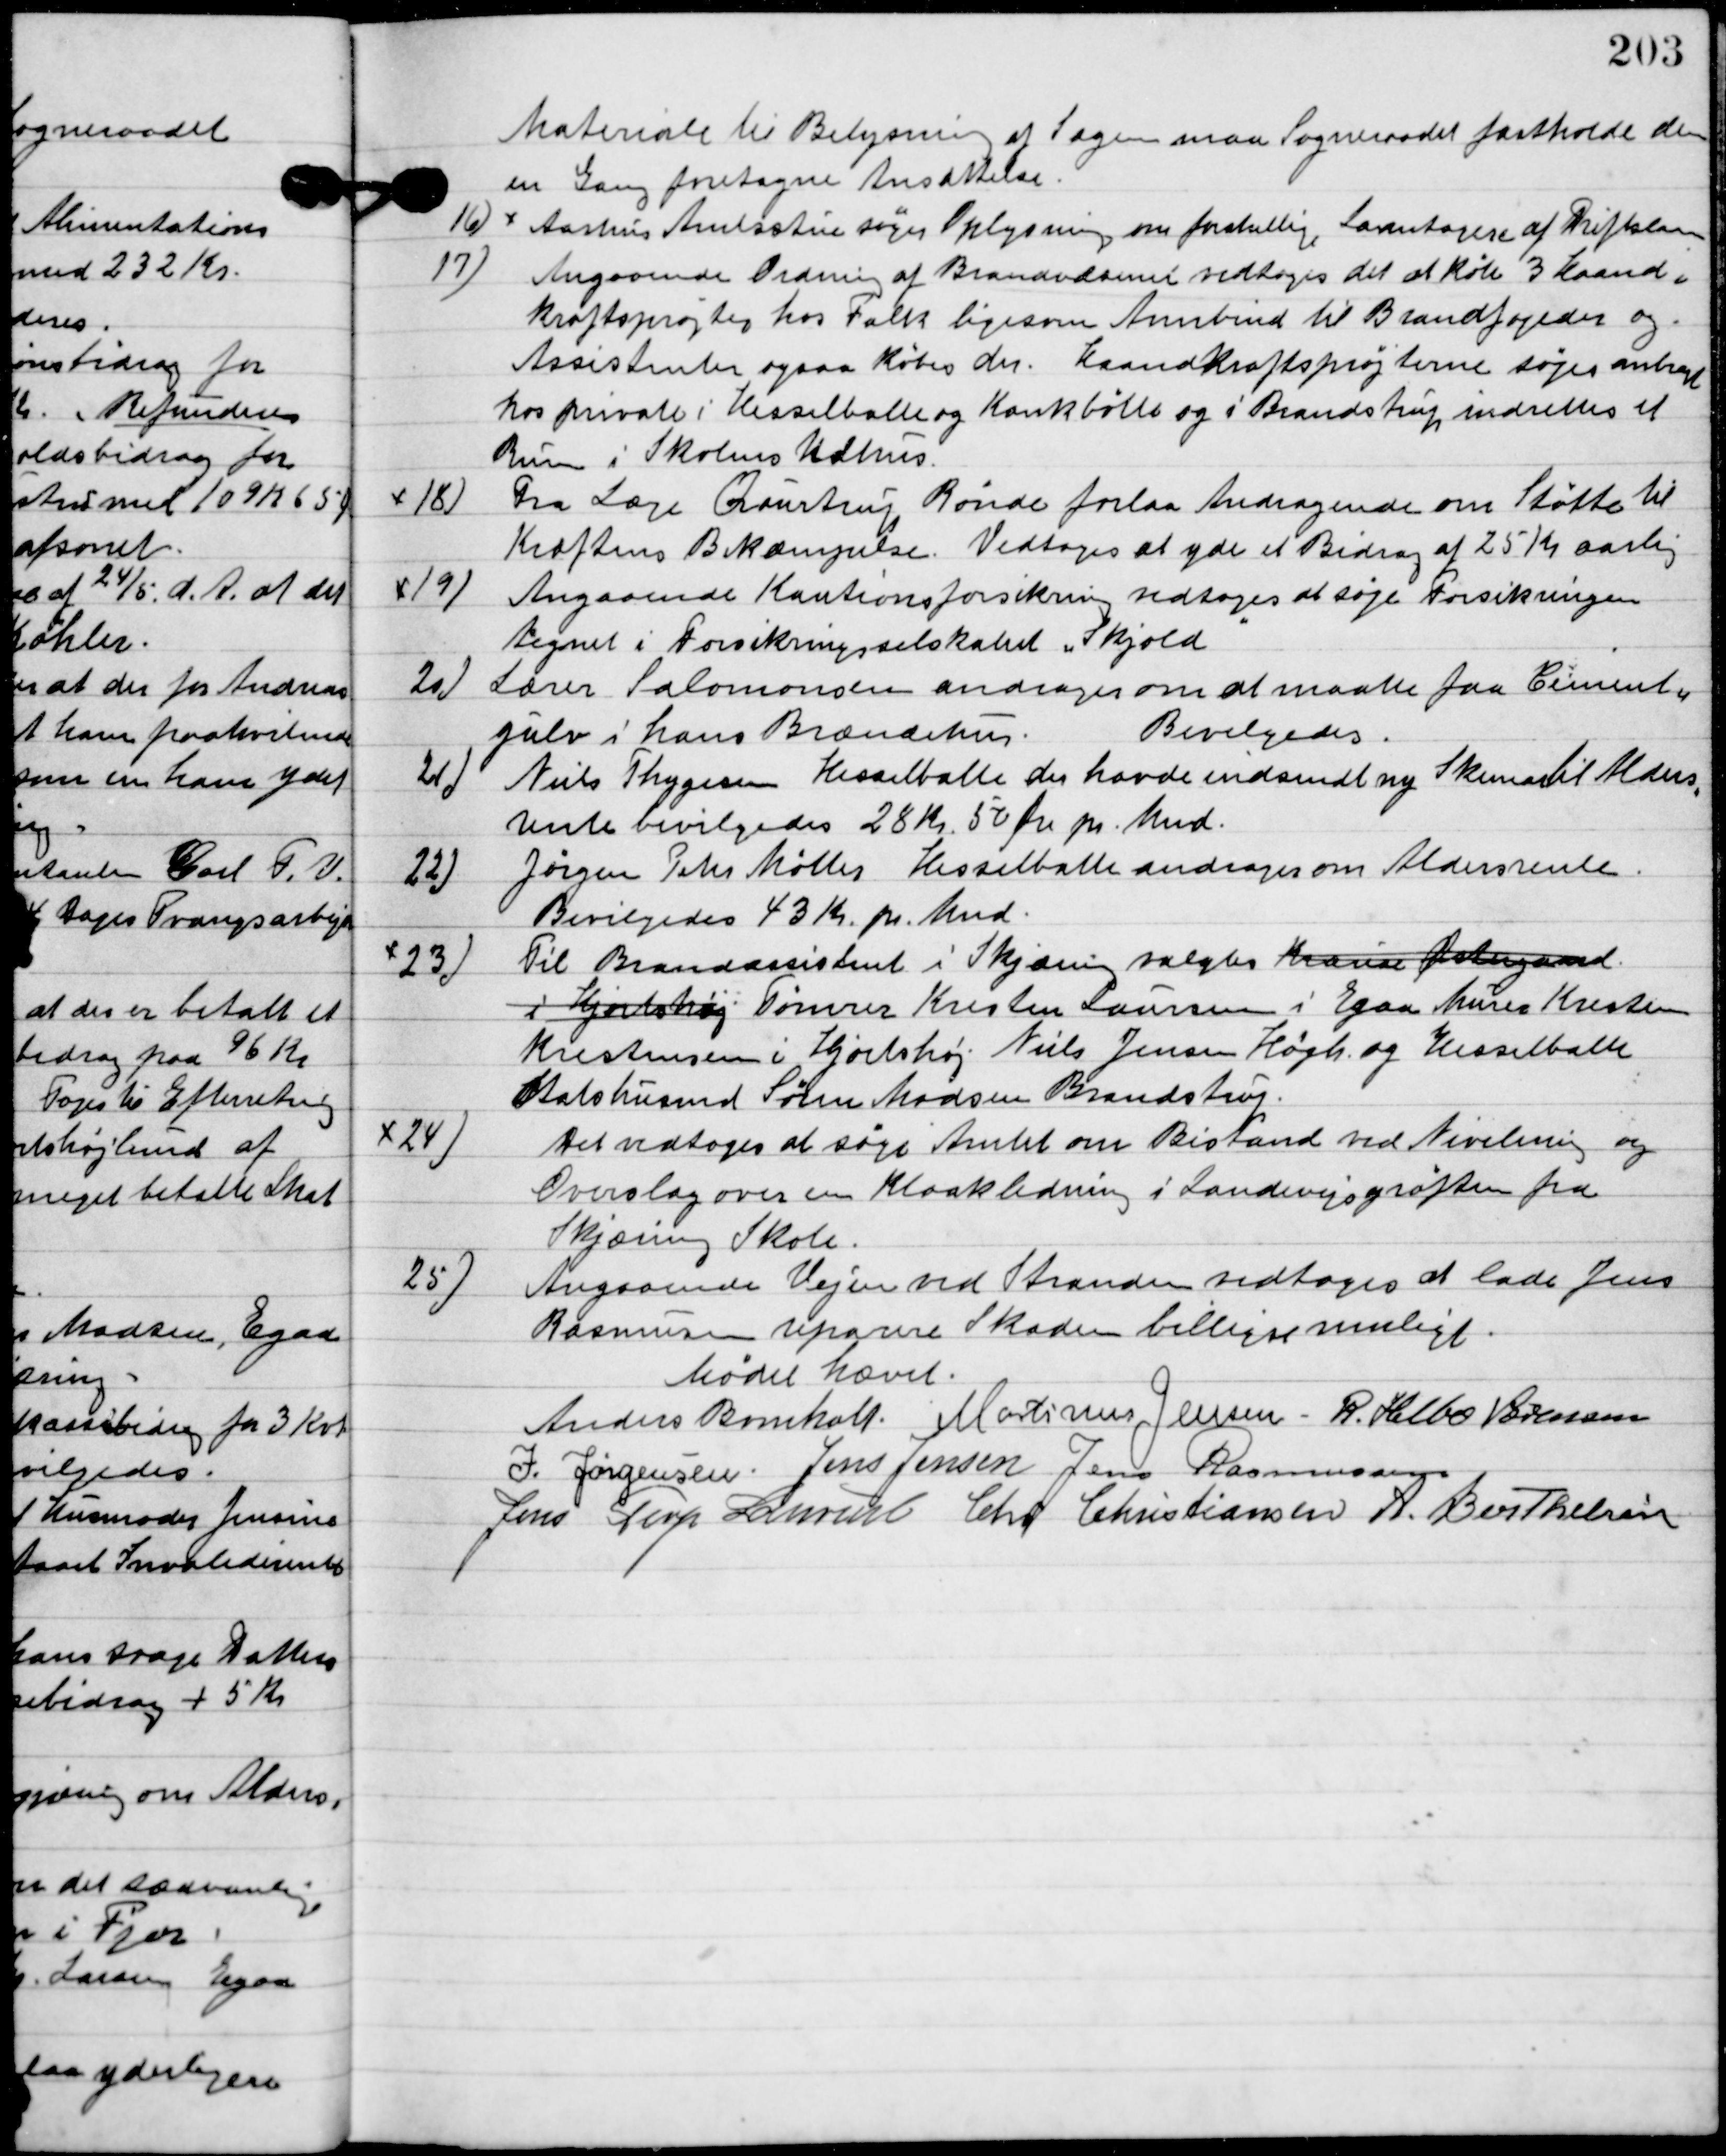
Transskription:
Materiale til Belysning af Sagen maa Sogneraadet fastholde den
en gang foretagne Ansættelse.

16

Aarhus Amtsstue søger Oplysning om forskellig laanetagere af Driftskassen.

17

Angaaende Ordning af Brandvæsenet vedtoges til at købe 3 haand-
kraftsprøjter hos Falk ligesom Armbind til brandfogeden og 
Assistenten ogsaa købes der, Haandkraftsprøjtene søges anbragt 
hos privat i Hesselballe og Kankbølle og i Brandstrup indrettes et 
rum i Skolens Udhus.

18

Fra læge Qvortrup, Rønde forelaa andragende om Støtte til
Kræftens Bekæmpelse.
Vedtoges at yde et bidrag af 25 Kr. aarlig.

19

Angaaende Kautionsforsikring vedtoges at søge Forsikringen
tegnet i forsikringsselskabet ”Skjold"

20

Lærer Salomonsen andragende om at maatte faa Cement-
gulv i hans Brændehus.
Bevilgedes.

21

Niels Thygesen Hesselballe der havde indsendt ny Skema til Alders-
rente bevilgedes 28 Kr. pr. Mnd.

22

Jørgen Peter Møller Hesselballe andrager om aldersrente.
Bevilgedes 43 Kr. pr. Mnd.

23

Til Brandassistent i Skjæring valgtes
Tømrer Kristen Laursen i Egaa, Murer Kresten
Kristensen i Hjortshøj, Niels Jensen Hojh. og Hesselballe,
Statshusmand Søren Madsen Brandstrup.

24

Det vedtoges at søge Amtet om Bistand ved Nivellering og
Overslag over en Kloakledning i Landevejsgrøften fra
Skjæring Skole.

25

Angaaende Vejen ved Stranden vedtoges at lade Jens
Rasmussen reparere Skaden billigst muligt.

Mødet hævet.

Anders Bomholt
Martinus Jensen
R. Helbo Sørensen
J. Jørgensen
Jens Jensen
Jens Rasmussen
Jens Terp Laursen
Chr. Christiansen
A. Berthelsen